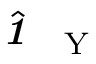
\hat { \textbf { \textit { 1 } } \, } _ { \mathrm Y }